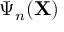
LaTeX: \Psi _ { n } ( \mathbf { X } )